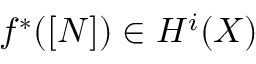
f ^ { * } ( [ N ] ) \in H ^ { i } ( X )